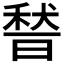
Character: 𱶔